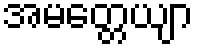
အမတ္တေယျာ